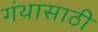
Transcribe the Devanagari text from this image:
गंथासाठी